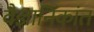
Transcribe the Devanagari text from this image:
वैज्ञानिकांत